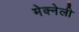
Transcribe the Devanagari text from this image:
मेक्नेली